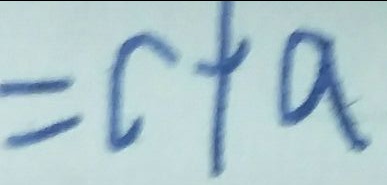
= c + a